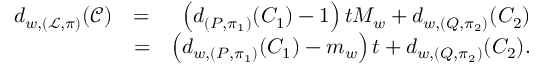
\begin{array} { r l r } { d _ { w , ( \mathcal { L } , \pi ) } ( \mathcal { C } ) } & { = } & { \left( d _ { ( P , \pi _ { 1 } ) } ( C _ { 1 } ) - 1 \right) t M _ { w } + d _ { w , ( Q , \pi _ { 2 } ) } ( C _ { 2 } ) } \\ & { = } & { \left( d _ { w , ( P , \pi _ { 1 } ) } ( C _ { 1 } ) - m _ { w } \right) t + d _ { w , ( Q , \pi _ { 2 } ) } ( C _ { 2 } ) . } \end{array}